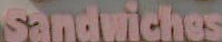
Sandwiches